Code of medical and sanitary regulations for the guidance of medical officers serving in the Madras Presidency - Volume II
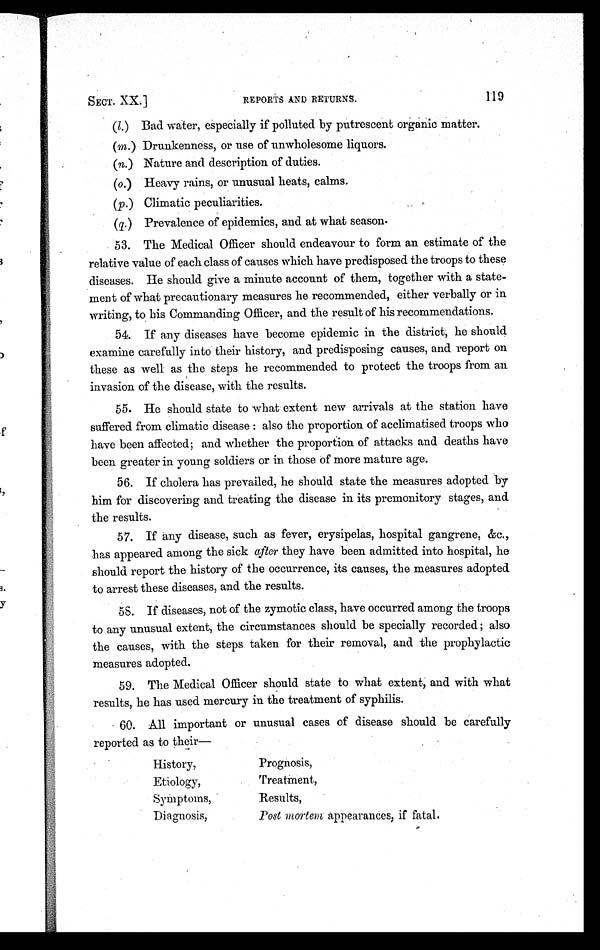
SECT. XX.]
REPORTS AND RETURNS.
119
(l. ) Bad water, especially if polluted by putrescent organic matter.
(m.) Drunkenness, or use of unwholesome liquors.
(n.) Nature and description of duties.
(o.) Heavy rains, or unusual heats, calms.
(p.) Climatic peculiarities.
(q.) Prevalence of epidemics, and at what season.
53. The Medical Officer should endeavour to form an estimate of the
relative value of each class of causes which have predisposed the troops to these
diseases. He should give a minute account of them, together with a state
-ment of what precautionary measures he recommended, either verbally or in
writing, to his Commanding Officer, and the result of his recommendations.
54. If any diseases have become epidemic in the district, he should
examine carefully into their history, and predisposing causes, and report on
these as well as the steps he recommended to protect the troops from an
invasion of the disease, with the results.
55. He should state to what extent new arrivals at the station have
suffered from climatic disease: also the proportion of acclimatised troops who
have been affected; and whether the proportion of attacks and deaths have
been greater in young soldiers or in those of more mature age.
56. If cholera has prevailed, he should state the measures adopted by
him for discovering and treating the disease in its premonitory stages, and
the results.
57. If any disease, such as fever, erysipelas, hospital gangrene, &c.,
has appeared among the sick after they have been admitted into hospital, he
should report the history of the occurrence, its causes, the measures adopted
to arrest these diseases, and the results.
58. If diseases, not of the zymotic class, have occurred among the troops
to any unusual extent, the circumstances should be specially recorded; also
the causes, with the steps taken for their removal, and the prophylactic
measures adopted.
59. The Medical Officer should state to what extent, and with what
results, he has used mercury in the treatment of syphilis.
60. All important or unusual cases of disease should be carefully
reported as to their—
History,
Etiology,
Symptoms,
Diagnosis,
Prognosis,
Treatment,
Results,
Post mortem appearances, if fatal.